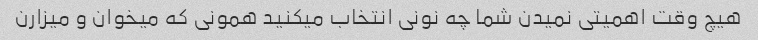
هیچ وقت اهمیتی نمیدن شما چه نونی انتخاب میکنید همونی که میخوان و میزارن